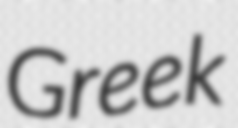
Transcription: Greek